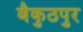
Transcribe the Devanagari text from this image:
बैकुठपुर